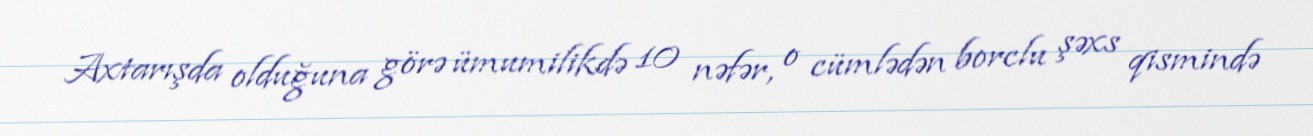
Axtarışda olduğuna görə ümumilikdə 10 nəfər, o cümlədən borclu şəxs qismində